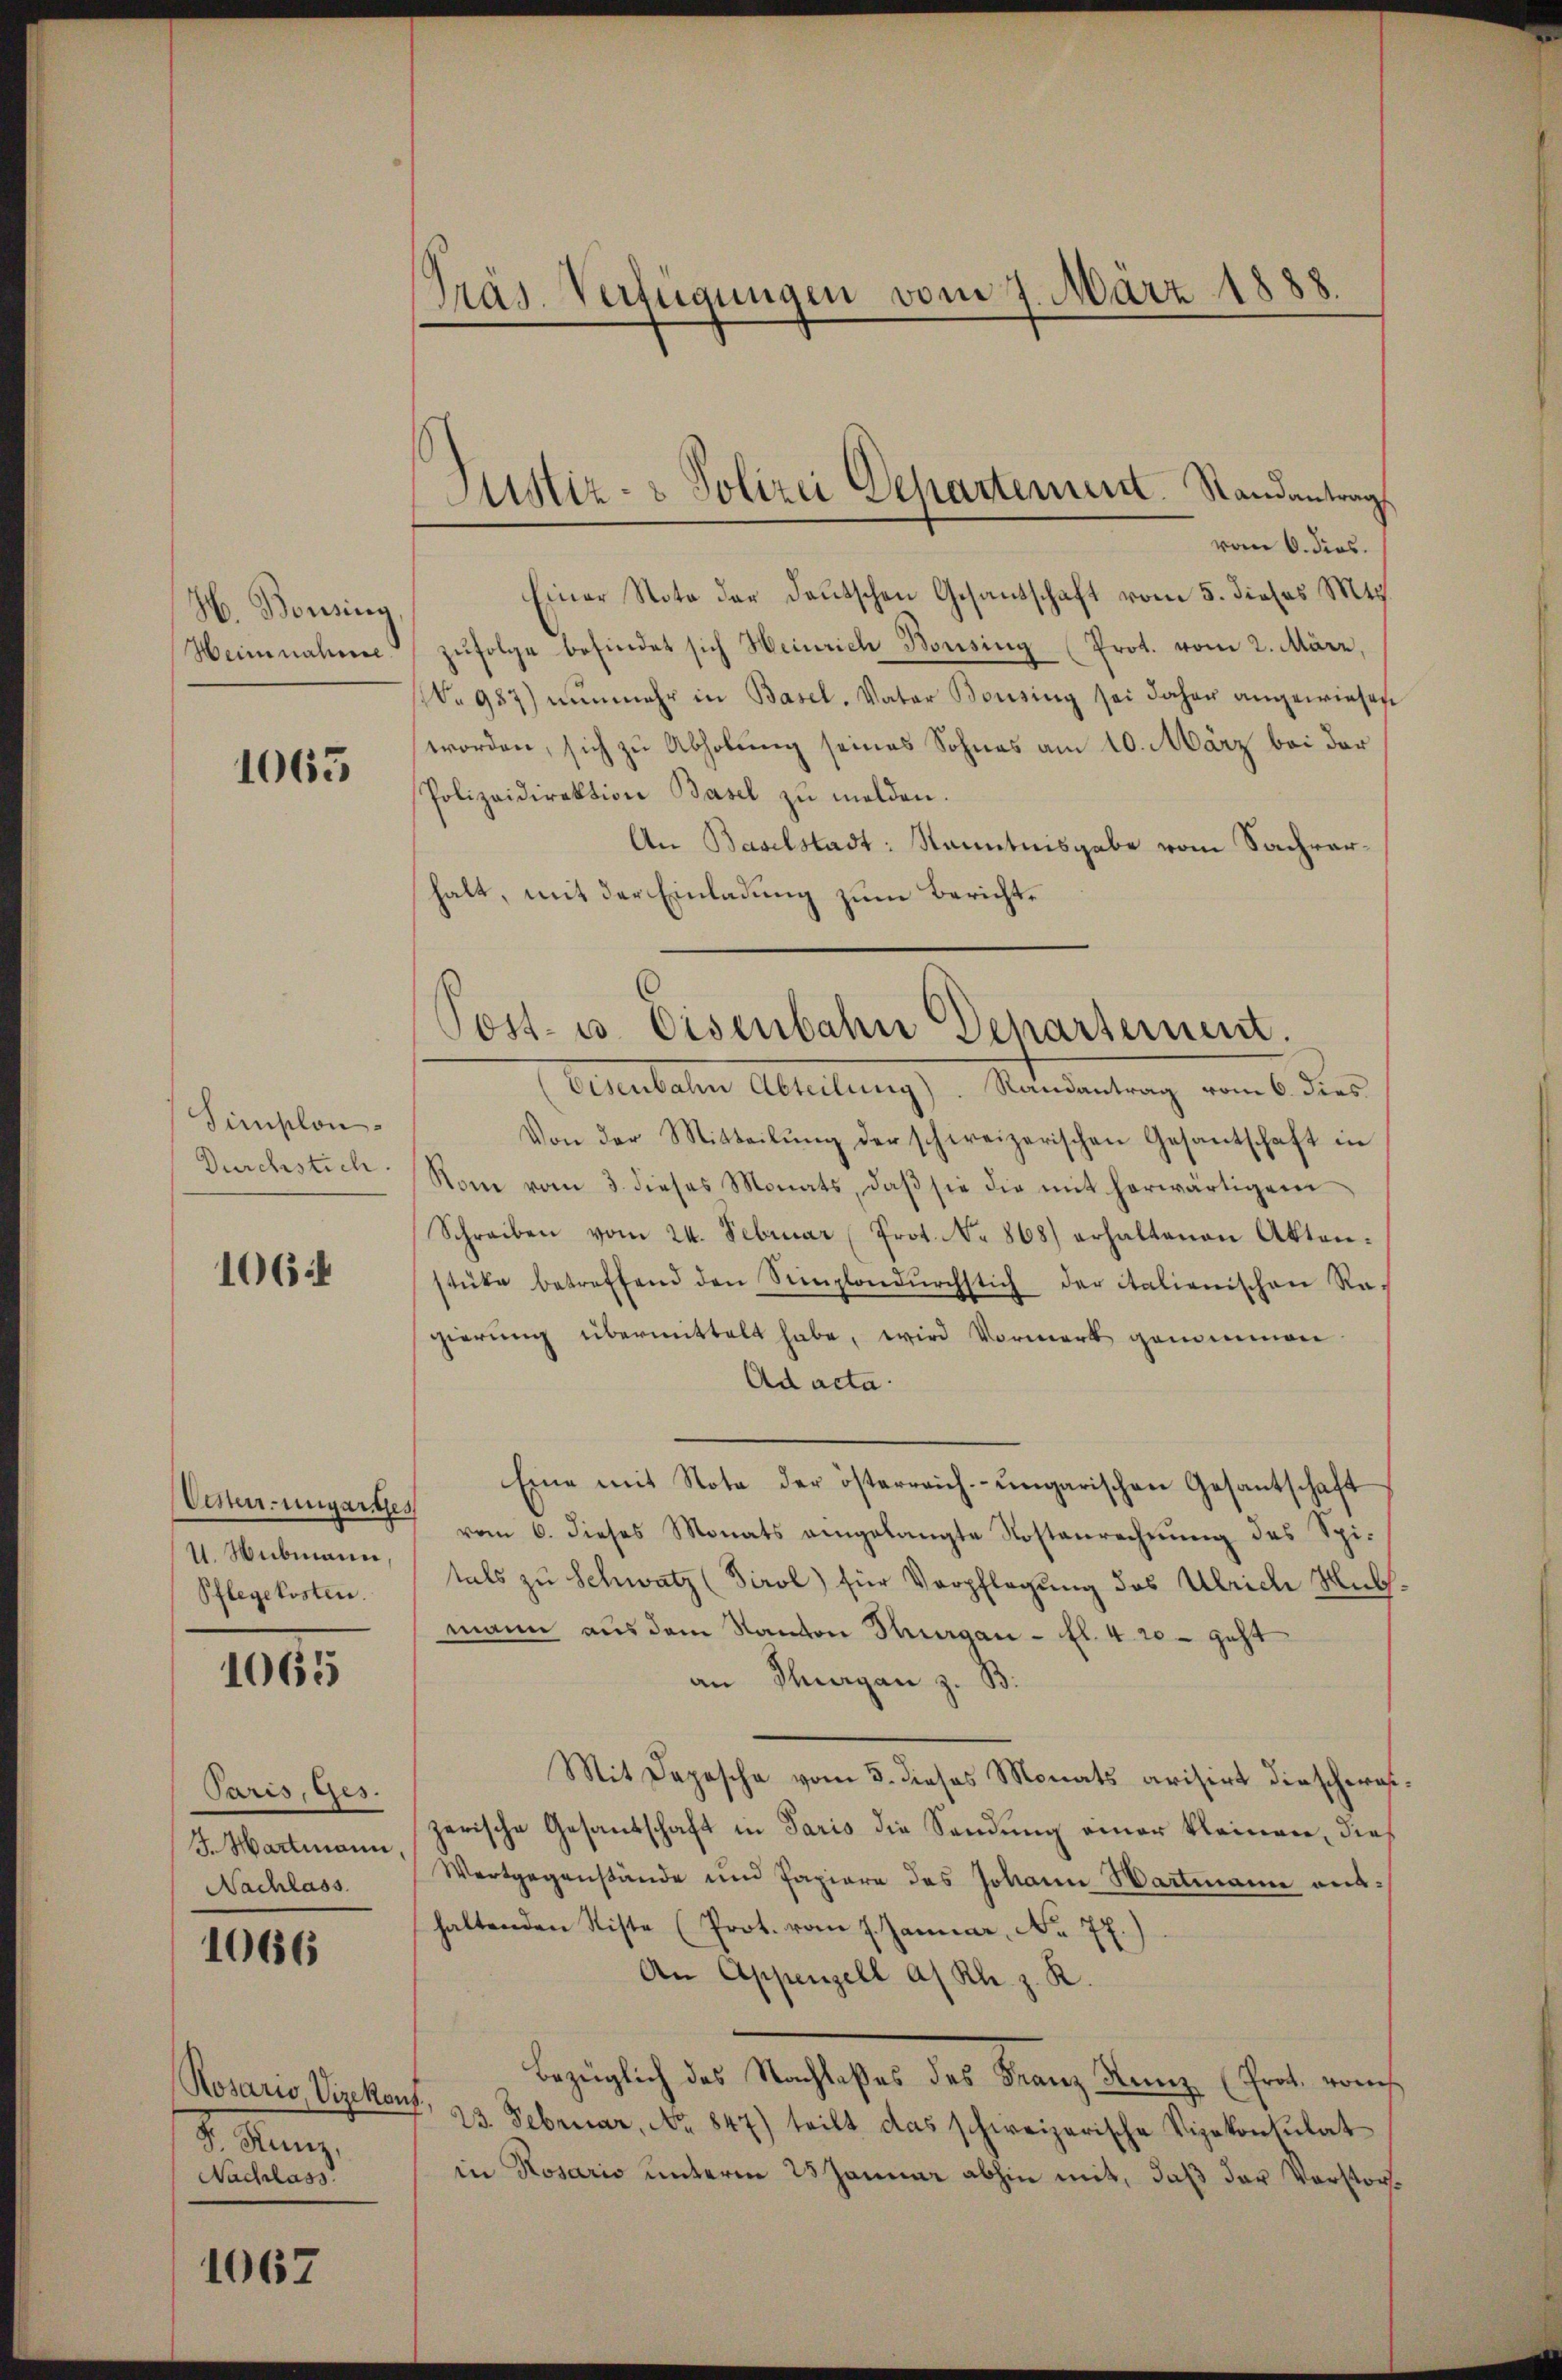
H. Bonsing
Heinnahme

1065

Simplon.
Durchstich.

1064

Oester-ungartes
11. Webmann,
Pflegekosten.

1065

Paris, Ges.
J. Hartmann,
Nachlass

1066

Rosaris, Vizekon
S. Kunz,
Nachlass

1067

Präs. Verfügungen vom 7. März 1888.

Justiz- & Polizei Departement. Randantrag

vom 6. dies.
Einer Nota der deutschen Gesandschaft vom 5. dieses Mts.
zŭfolge befindet sich Heinrich Bonsing (Prot. vom 2. März,
No 987) nŭnmehr in Basel, Vater Bousing sei daher angewiesen
worden, sich zu Abholung seines Sohnes am 10. März bei der
Polizeidirektion Basel zŭ melden.
An Baselstadt: Kenntnisgabe vom Sachverhalt, mit der Einladung zum Bericht¬
Eisenbahn Abteilung). Randantrag vom 6. dies
Von der Mitteilŭng der schweizerischen Gesantschaft in
Rom vom 3. dieses Monats, daß sie die mit herwärtigem
Schreiben vom 24. Februar (Prot. No 868) erhaltenen Akten-
stüke betreffend den Simplondŭrchstich der italienischen Ra-
gierung übermittelt habe, wird Vormerk genommen
Ad acta.
Eine mit Note der österreich-ungarischen Gesantschaft
vom 6. dieses Monats eingelangte Kostenrechnŭng des Spitals zu Schwatz (Tirol) für Verpflegung des Ulrich Hubsmann aus dem Kanton Thurgau - fl. 4 20 - geht
an Thurgan z. B.
Mit Depesche vom 3. dieses Monats arisirt dieschereszerische Gesandschaft in Paris die Sendung einer kleinen, dies
Wartgegenstände und Papiere des Johann Bartmann aushaltenden Riste (Prot. vom 7. Januar, No 77.
An Appenzell a/ Kl. z. R.
Bezüglich des Nachlaßes des Franz Kanz. (Prot. vorh
 23. Februar, No. 847) teilt das schweizerische Vizekonsulat
in Rosario unterm 25 Januar abhin mit, daß der Vorstorf

Post- u. Eisenbahn Departement.